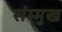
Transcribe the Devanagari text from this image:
संम्मुख